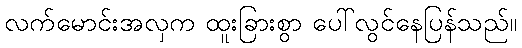
လက်မောင်းအလှက ထူးခြားစွာ ပေါ်လွင်နေပြန်သည်။